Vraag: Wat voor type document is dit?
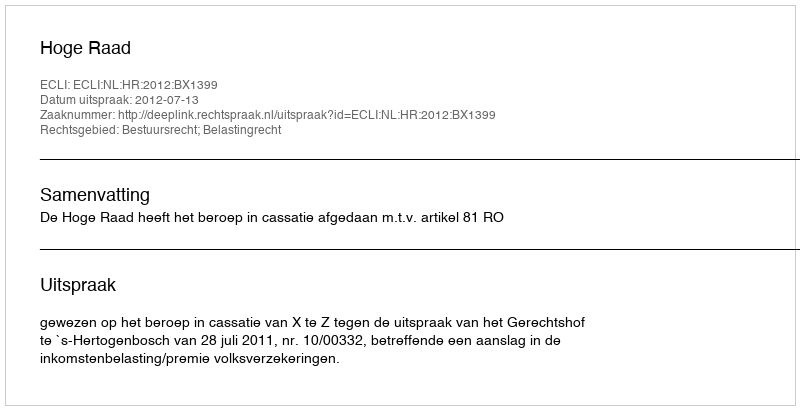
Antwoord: Uitspraak